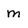
Character: m